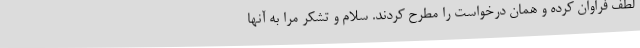
لطف فراوان کرده و همان درخواست را مطرح کردند. سلام و تشکر مرا به آنها